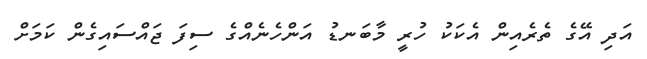
އަދި އޭގެ ތެރެއިން އެކަކު ހުރީ މާބަނޑު އަންހެނެއްގެ ސިފަ ޖައްސައިގެން ކަމަށް